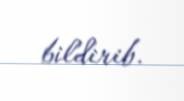
bildirib.